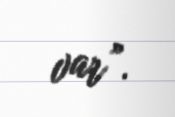
var”.